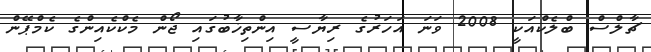
ޗާލްސް ބްލެކްއަކީ 2008 ވަނަ އަހަރުގެ ރިޔާސީ އިންތިޚާބުގައި ޖޯން މެކްކެއިންގެ ކެމްޕޭން